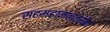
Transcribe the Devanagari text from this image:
सहमहामन्त्रीके